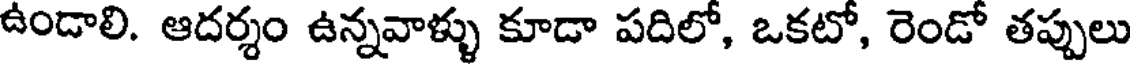
ఉండాలి. ఆదర్శం ఉన్నవాళ్ళు కూడా పదిలో, ఒకటో, రెండో తప్పులు